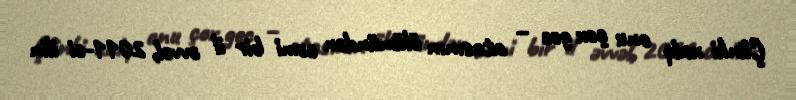
Çünki xalq onu çox gec – atasının ölümündən cəmi bir il əvvəl, 2011-ci ilin